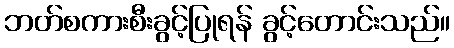
ဘတ်စကားစီးခွင့်ပြုရန် ခွင့်တောင်းသည်။